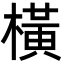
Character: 橫